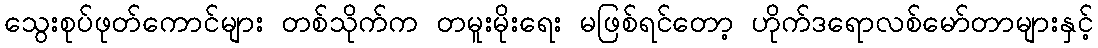
သွေးစုပ်ဖုတ်ကောင်များ တစ်သိုက်က တမူးမိုးရေး မဖြစ်ရင်တော့ ဟိုက်ဒရောလစ်မော်တာများနှင့်